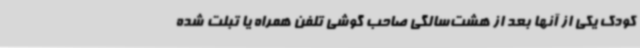
کودک یکی از آنها بعد از هشت‌سالگی صاحب گوشی تلفن همراه یا تبلت شده‌